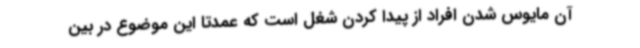
آن مایوس شدن افراد از پیدا کردن شغل است که عمدتا این موضوع در بین